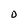
Character: D